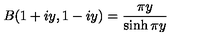
B ( 1 + i y , 1 - i y ) = { \frac { \pi y } { \sinh \pi y } }